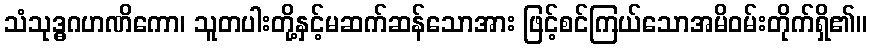
သံသုဒ္ဓဂဟဏိကော၊ သူတပါးတို့နှင့်မဆက်ဆန်သောအား ဖြင့်စင်ကြယ်သောအမိဝမ်းတိုက်ရှိ၏။